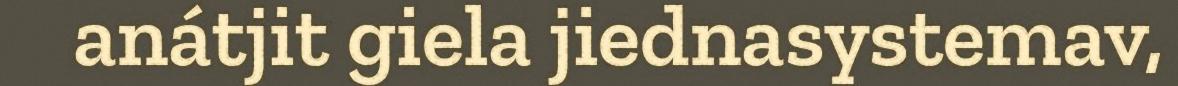
anátjit giela jiednasystemav,